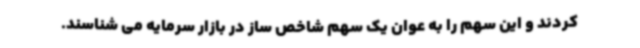
کردند و این سهم را به عوان یک سهم شاخص ساز در بازار سرمایه می شناسند.